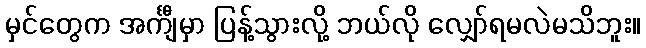
မှင်တွေက အင်္ကျီမှာ ပြန့်သွားလို့ ဘယ်လို လျှော်ရမလဲမသိဘူး။